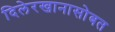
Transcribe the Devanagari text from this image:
दिलेरखानासोबत